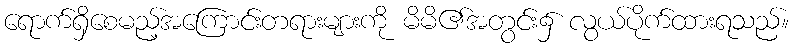
ရောက်ရှိစေမည့်အကြောင်းတရားများကို မိမိ၏အတွင်း၌ လွယ်ပိုက်ထားရသည်။